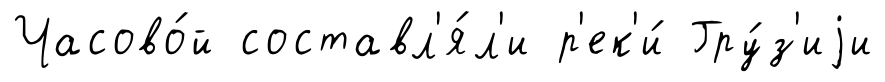
Часово́й составл'я́л'и р'ек'и́ Гру́з'иjи